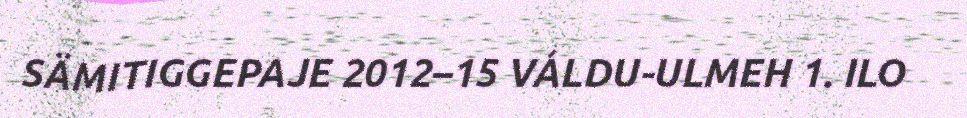
SÄMITIGGEPAJE 2012–15 VÁLDU-ULMEH 1. ILO